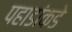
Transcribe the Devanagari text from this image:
पहाडांकडे